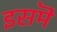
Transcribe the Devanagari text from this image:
इसमॆं